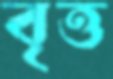
বৃত্ত